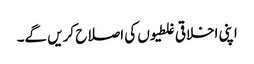
اپنی اخلاقی غلطیوں کی اصلاح کریں گے۔